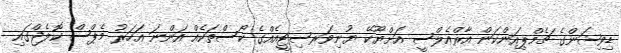
ޑިވިޝަންގެ ޗެމްޕިއަންކަން އާރްއެލްސީ އަށްޔޫކޭ ޔުނިވަރސިޓީއެއްގެ ކޯސްތަކެއް އަންނަ އަހަރު މެޕްސް ކޮލެޖްގައި